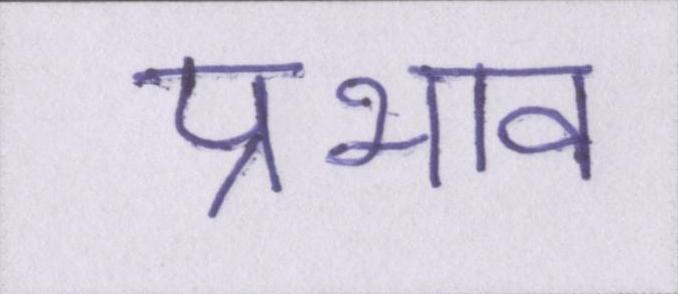
प्रभाव